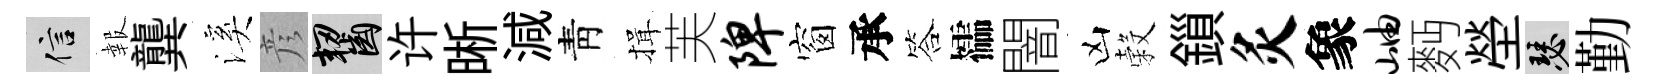
信報龔溪彦齧许晰減靑揖芙陴窗承答櫺闇凶穀鎻灸象岫麪塋瑟勤